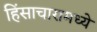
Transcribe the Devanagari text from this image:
हिंसाचारामध्ये